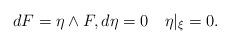
LaTeX: \begin{align*} dF = \eta\wedge F, d\eta = 0 \quad \eta|_\xi = 0.\end{align*}